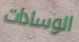
الوسادات